Annual administration report of the Civil Veterinary Department of India - 1893-1894
Year: 1893
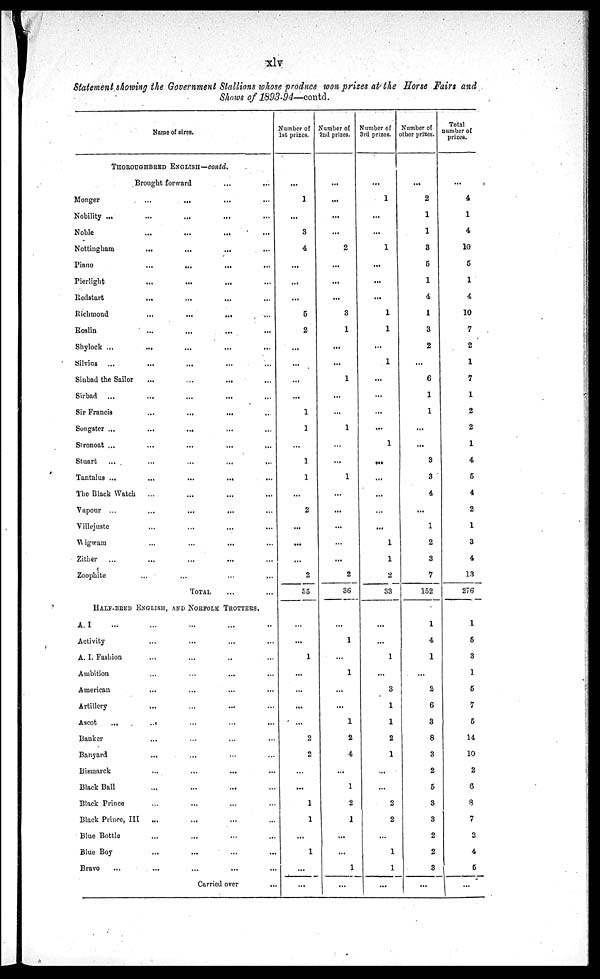
xlv
Statement showing the Government Stallions whose produce won prizes at the Horse Fairs and
Shows of 1893-94—.contd.
Name of sires.
THOROUGHBRED ENGLISH—contd.
Brought forward ... ...
Monger ... ... ... ...
Nobility ... ... ... ... ...
Noble ... ... ... ...
Nottingham ... ... ... ...
Piano ... ... ... ...
Pierlight ... ... ... ...
Redstart ... ... ... ...
Richmond ... ... ... ...
Roslin ... ... ... ...
Shylock ... ... ... ... ...
Silvius ... ... ... ... ...
Sinbad the Sailor ... ... ... ...
Sirbad ... ... ... ... ...
Sir Francis ... ... ... ...
Songster ... ... ... ... ...
Stronoat ... ... ... ... ...
Stuart ... ... ... ... ...
Tantalus ... ... ... ... ...
The Black Watch ... ... ... ...
Vapour ... ... ... ... ...
Villejuste ... ... ... ...
Wigwam ... ... ... ...
Zither
... ... ... ... ...
Zoophite ... ... ... ...
TOTAL ... ...
HALF-BRED ENGLISH, AND NORFOLK TROTTERS.
A. I ... ... ... ... ...
Activity ... ... ... ...
A. I. Fashion ... ... ... ...
Ambition ... ... ... ...
American ... ... ... ...
Artillery ... ... ... ...
Ascot
... ... ... ... ...
Banker ... ... ... ...
Banyard ... ... ... ...
Bismarck ... ... ... ...
Black Ball ... ... ... ...
Black Prince ... ... ... ...
Black Prince, III ... ... ... ...
Blue Bottle ... ... ... ...
Blue Boy ... ... ... ...
Bravo ... ... ... ... ...
Carried over...
Number of
1st prizes,
...
1
...
3
4
...
...
...
5
2
...
...
...
...
1
1
...
1
1
...
2
...
...
...
2
55
...
...
1
...
...
...
...
2
2
...
...
1
1
...
1
...
...
Number of
2ml prizes.
...
...
...
...
2
...
...
...
3
1
...
...
1
...
...
1
...
...
1
...
...
...
...
...
2
36
...
1
...
1
...
...
1
2
4
...
1
2
1
...
...
1
...
Number of
3rd prizes.
...
1
...
...
1
...
...
...
1
1
...
1
...
...
...
...
1
...
...
...
...
...
1
1
2
33
...
...
1
...
3
1
1
2
1
...
...
2
2
...
1
1
...
Number of
other prizes.
...
2
1
1
3
5
1
4
1
3
2
...
6
1
1
...
...
3
3
4
...
1
2
3
7
152
1
4
1
...
2
6
3
8
3
2
5
3
3
2
2
3
...
Total
number of
prizes.
...
4
1
4
10
5
1
4
10
7
2
1
7
1
2
2
1
4
5
4
2
1
3
4
13
276
1
5
3
1
5
7
5
14
10
2
6
8
7
2
4
5
...